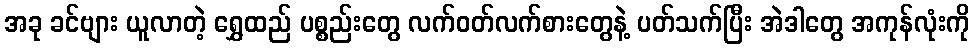
အခု ခင်ဗျား ယူလာတဲ့ ရွှေထည် ပစ္စည်းတွေ လက်ဝတ်လက်စားတွေနဲ့ ပတ်သက်ပြီး အဲဒါတွေ အကုန်လုံးကို